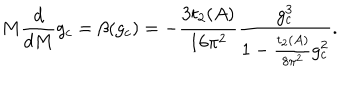
M \frac { d } { d M } g _ { c } = \beta ( g _ { c } ) = - \frac { 3 t _ { 2 } ( A ) } { 1 6 \pi ^ { 2 } } \frac { g _ { c } ^ { 3 } } { 1 - \frac { t _ { 2 } ( A ) } { 8 \pi ^ { 2 } } g _ { c } ^ { 2 } } .